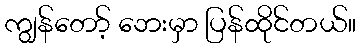
ကျွန်တော့် ဘေးမှာ ပြန်ထိုင်တယ်။